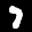
Label: 7